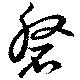
磐